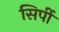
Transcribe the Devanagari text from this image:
सिर्पी